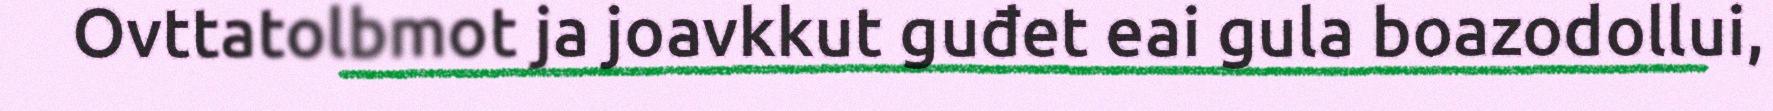
Ovttatolbmot ja joavkkut guđet eai gula boazodollui,